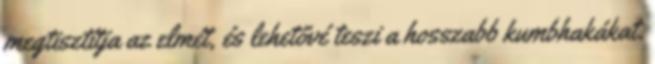
megtisztítja az elmét, és lehetővé teszi a hosszabb kumbhakákat.